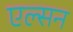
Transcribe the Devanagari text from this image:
एल्सन